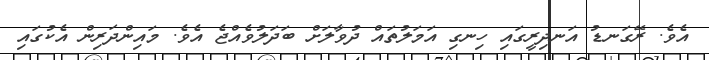
އެވެ. ރޭގަނޑު އަނދިރީގައި ހިނގި އަމަލުތައް ދުވާލަށް ބަދަލުވެއްޖެ އެވެ. މައިންދަރިން އެކުގައި